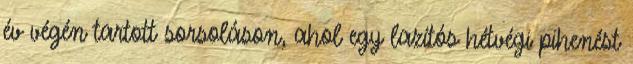
év végén tartott sorsoláson, ahol egy lazítós hétvégi pihenést